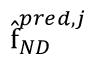
\hat { \boldsymbol { \mathrm { f } } } _ { N D } ^ { p r e d , j }